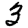
Digit: 3